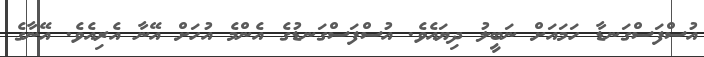
އުސްފަސްގަނޑާ ހަމައަށް ނަބީލު ދިޔައެވެ. އުސްފަސްގަނޑުގެ އެންމެ އުހަށް އޭނާ އެރިއެވެ. އޭނާގެ